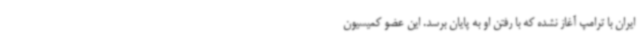
ایران با ترامپ آغاز نشده که با رفتن او به پایان برسد. این عضو کمیسیون